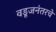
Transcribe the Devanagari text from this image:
वडूजनंतरचे